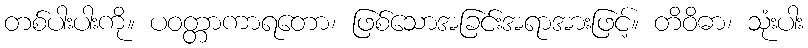
တစ်ပါးပါးကို။ ပဝတ္တာကာရတော၊ ဖြစ်သောအခြင်းအရာအားဖြင့်။ တိဝိဓာ၊ သုံးပါး